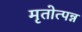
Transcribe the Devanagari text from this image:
मृतोत्पन्न